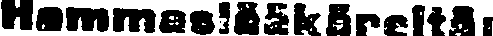
Hammaslääkäreitä